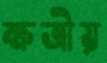
ক্ষত্রীয়